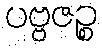
ပဗ္ဗဇဉ္စ